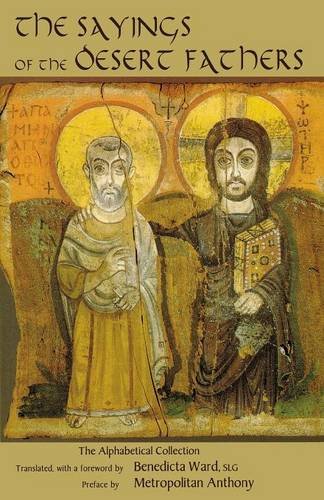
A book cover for The Sayings of the Desert Fathers: The Alphabetical Collection; Christian Books & Bibles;